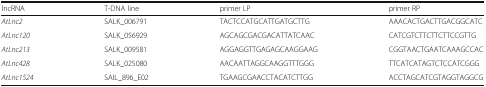
| lncRNA | T-DNA line | primer LP | primer RP |
 | --- | --- | --- | --- |
 | AtLnc2 | SALK_006791 | TACTCCATGCATTGATGCTTG | AAACACTGACTTGACGGCATC |
 | AtLnc120 | SALK_056929 | AGCAGCGACGACATTATCAAC | CATCGTCTTCTTCTTCCGTTG |
 | AtLnc213 | SALK_009581 | AGGAGGTTGAGAGCAAGGAAG | CGGTAACTGAATCAAAGCCAC |
 | AtLnc428 | SALK_025080 | AACAATTAGGCAAGGTTTGGG | TTCATCATAGTCTCCATCGGG |
 | AtLnc1524 | SAIL_896_E02 | TGAAGCGAACCTACATCTTGG | ACCTAGCATCGTAGGTAGGCG |